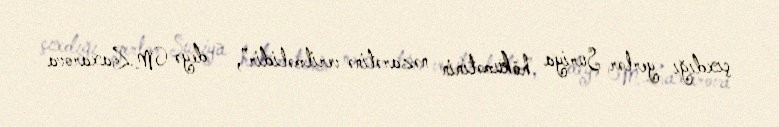
çıxdığı yerlər Suriya hökumətinin nəzarətinə verilməlidir”, - deyə M.Zaxarova